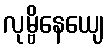
လုမ္ဗိနေယျေ